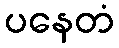
ပနေတံ